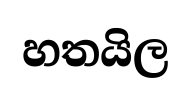
හතයිල